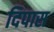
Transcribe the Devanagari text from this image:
दिपास